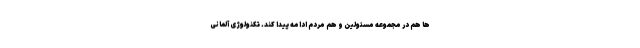
ها هم در مجموعه مسئولین و هم مردم ادامه پیدا کند. تکنولوژی آلمانی